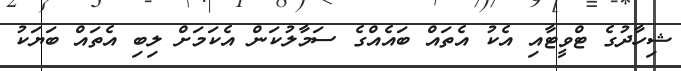
ޝިހާދުގެ ޓްވީޓާއި އެކު އެތައް ބައެއްގެ ސަމާލުކަން އެކަމަށް ލިބި އެތައް ބަޔަކު